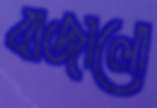
বাজালো